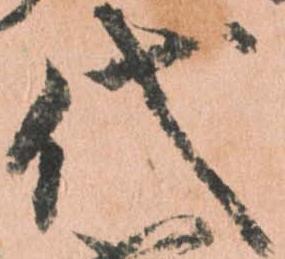
代